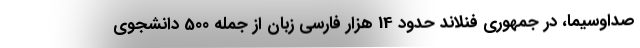
صداوسیما، در جمهوری فنلاند حدود 14 هزار فارسی زبان از جمله 500 دانشجوی